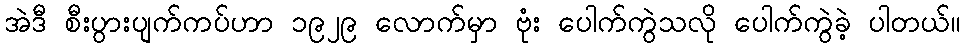
အဲဒီ စီးပွားပျက်ကပ်ဟာ ၁၉၂၉ လောက်မှာ ဗုံး ပေါက်ကွဲသလို ပေါက်ကွဲခဲ့ ပါတယ်။